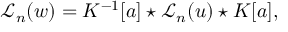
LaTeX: { { \mathcal L } _ { n } } ( w ) = K ^ { - 1 } [ a ] \star { { \mathcal L } _ { n } } ( u ) \star K [ a ] ,